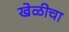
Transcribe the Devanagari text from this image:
खेळीचा